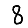
Digit: 8